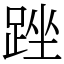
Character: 䟶